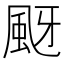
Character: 颬